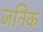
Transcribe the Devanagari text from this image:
जनिक